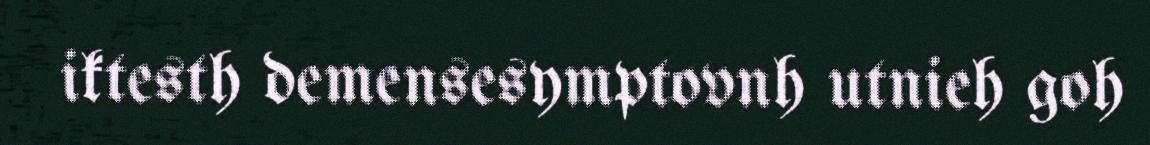
iktesth demensesymptovnh utnieh goh